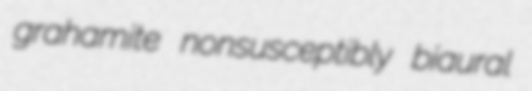
grahamite nonsusceptibly biaural